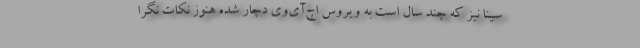
سینا نیز که چند سال است به ویروس اچ‌آی‌وی دچار شده هنوز نکات نگرا